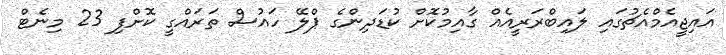
އައިޖީއެމްއެޗުގައި ލައިބްރަރީއެއް ގާއިމުކޮށް ކުޑަދިންގެ ޕްލޭ ހައުސް ތަރައްގީ ކޮށްފި 23 މިނެޓް